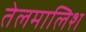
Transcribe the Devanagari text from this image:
तेलमालिश